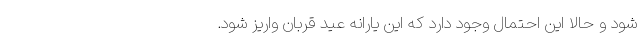
شود و حالا این احتمال وجود دارد که این یارانه عید قربان واریز شود.